画像に写った文字を読んでください
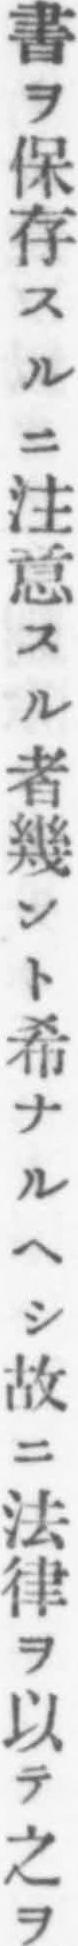
「書ヲ保存スルニ注意スル者幾ント希ナルヘシ故ニ法律ヲ以テ之ヲ」と書いてあります